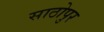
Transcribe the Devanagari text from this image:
साठोपुर